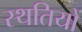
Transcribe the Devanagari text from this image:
स्थतियों